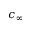
c _ { \infty }